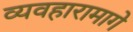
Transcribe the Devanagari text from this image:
व्यवहारामागे